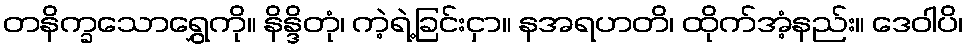
တနိက္ခသောရွှေကို။ နိန္ဒိတုံ၊ ကဲ့ရဲ့ခြင်းငှာ။ နအရဟတိ၊ ထိုက်အံ့နည်း။ ဒေဝါပိ၊